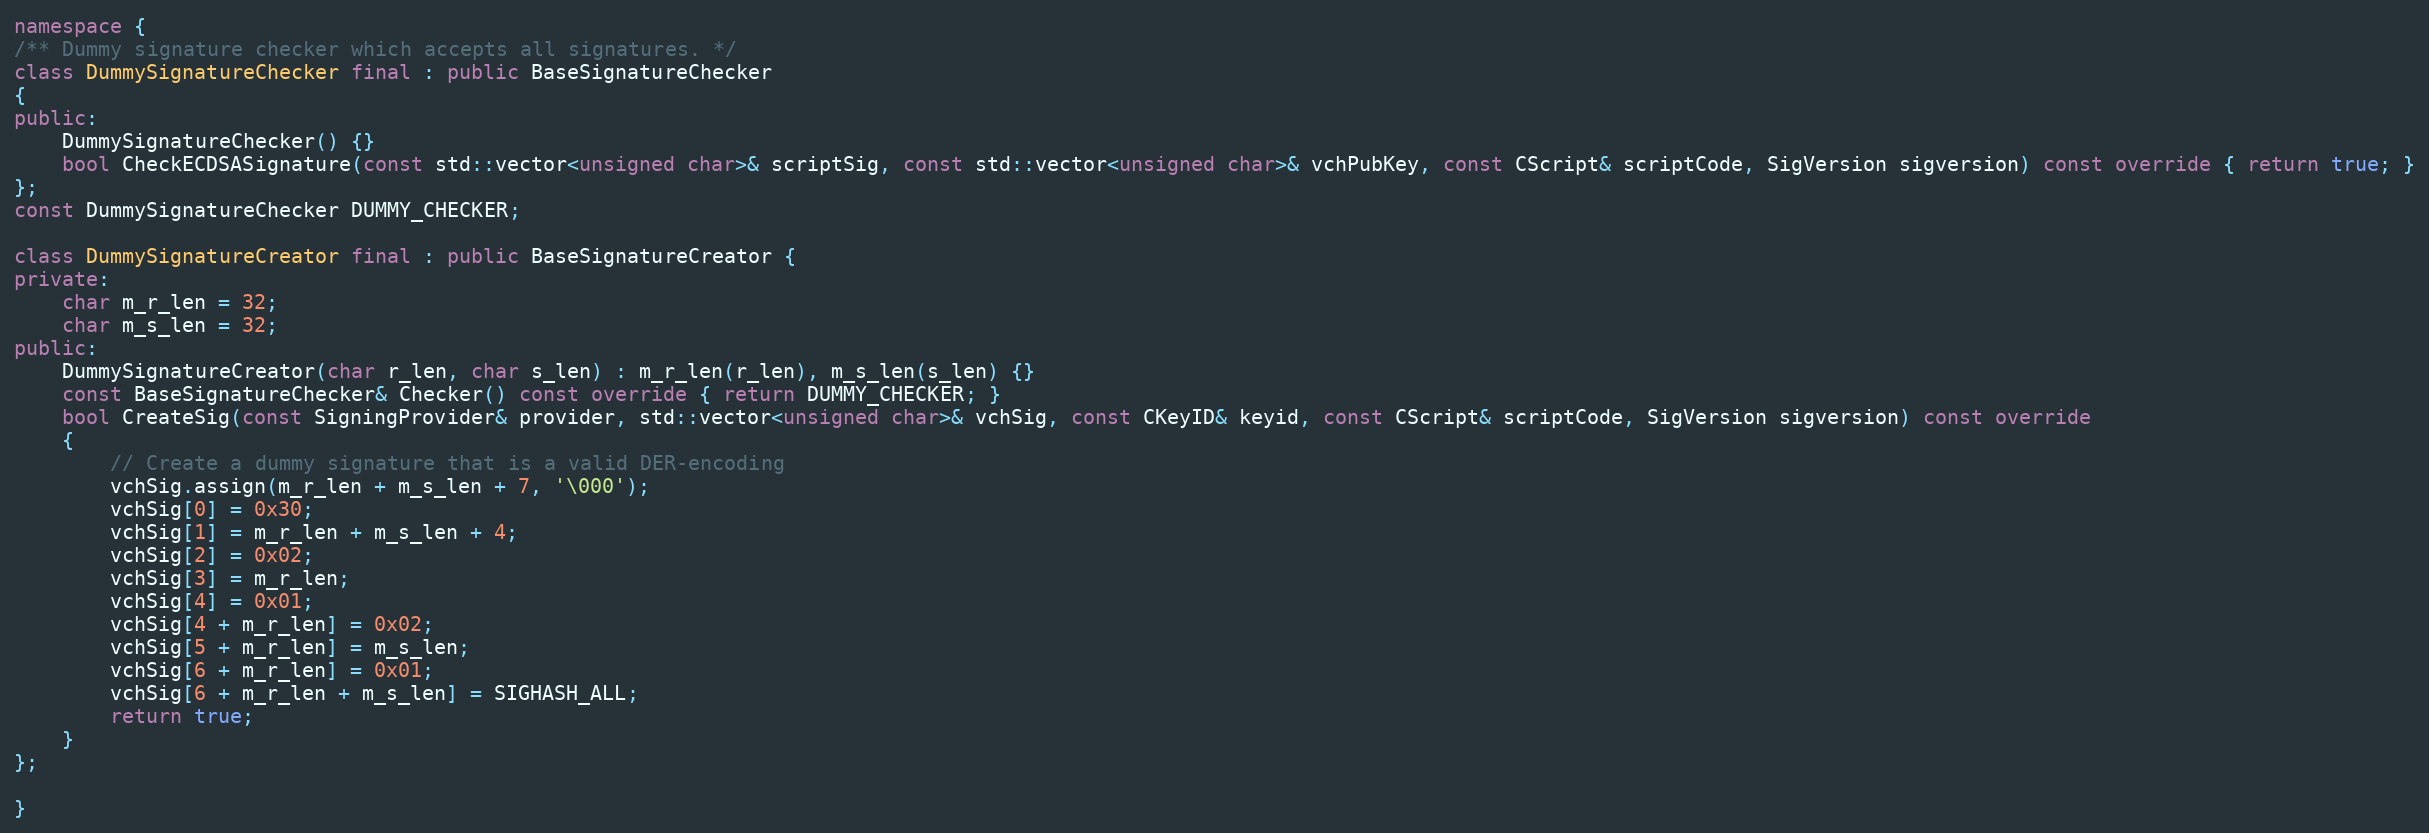
Language: C++
namespace {
/** Dummy signature checker which accepts all signatures. */
class DummySignatureChecker final : public BaseSignatureChecker
{
public:
    DummySignatureChecker() {}
    bool CheckECDSASignature(const std::vector<unsigned char>& scriptSig, const std::vector<unsigned char>& vchPubKey, const CScript& scriptCode, SigVersion sigversion) const override { return true; }
};
const DummySignatureChecker DUMMY_CHECKER;

class DummySignatureCreator final : public BaseSignatureCreator {
private:
    char m_r_len = 32;
    char m_s_len = 32;
public:
    DummySignatureCreator(char r_len, char s_len) : m_r_len(r_len), m_s_len(s_len) {}
    const BaseSignatureChecker& Checker() const override { return DUMMY_CHECKER; }
    bool CreateSig(const SigningProvider& provider, std::vector<unsigned char>& vchSig, const CKeyID& keyid, const CScript& scriptCode, SigVersion sigversion) const override
    {
        // Create a dummy signature that is a valid DER-encoding
        vchSig.assign(m_r_len + m_s_len + 7, '\000');
        vchSig[0] = 0x30;
        vchSig[1] = m_r_len + m_s_len + 4;
        vchSig[2] = 0x02;
        vchSig[3] = m_r_len;
        vchSig[4] = 0x01;
        vchSig[4 + m_r_len] = 0x02;
        vchSig[5 + m_r_len] = m_s_len;
        vchSig[6 + m_r_len] = 0x01;
        vchSig[6 + m_r_len + m_s_len] = SIGHASH_ALL;
        return true;
    }
};

}